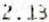
2.13